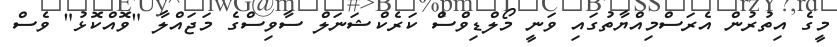
މީގެ އިތުރުން އެރަސްމިއްޔާތުގައި ވަނީ މޯލްޑިވްސް ކަރެކްޝަނަލް ސާވިސްގެ މަޖައްލާ "ވޮއްކޮޅު" ވެސް